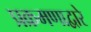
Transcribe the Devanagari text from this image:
प्रक्रमणाद्वारे